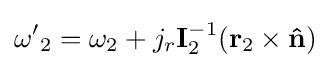
\mathbf {\omega '} _{2}=\mathbf {\omega } _{2}+j_{r}\mathbf {I} _{2}^{-1}(\mathbf {r} _{2}\times \mathbf {\hat {n}} )